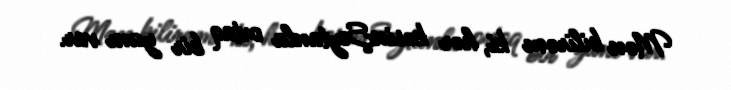
Mən bilirəm ki, hər kəsinŞeytanla ortaq bir yanı var.